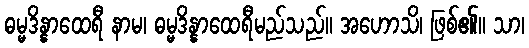
ဓမ္မဒိန္နာထေရီ နာမ၊ ဓမ္မဒိန္နာထေရီမည်သည်။ အဟောသိ၊ ဖြစ်၏။ သာ၊